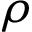
\rho